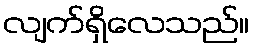
လျက်ရှိလေသည်။